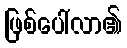
ဖြစ်ပေါ်လာ၏